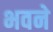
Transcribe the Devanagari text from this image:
भवने